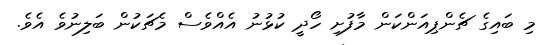
މި ބައިގެ ޗެންޕިއަންކަން މާފުށި ހޯދީ ކުޅުނު އެއްވެސް މެޗަކުން ބަލިނުވެ އެވެ.